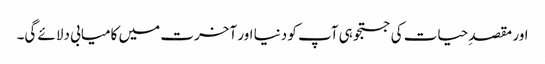
اور مقصدِ حیات کی جستجو ہی آپ کو دنیا اور آخرت میں کامیابی دلائے گی۔